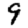
Digit: 9